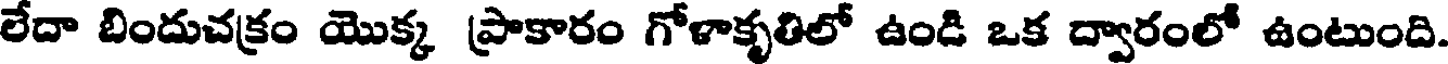
లేదా బిందుచక్రం యొక్క ప్రాకారం గోళాకృతిలో ఉండి ఒక ద్వారంలో ఉంటుంది.